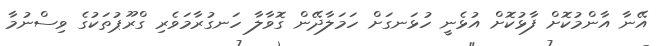
އޭނާ އާންމުކޮށް ފާޅުކޮށް އުޅެނީ ހުޅަނގަށް ހަމަލާދޭން ގޮވާލާ ހަނގުރާމަވެރި ގްރޫޕުތަކުގެ ވިސްނުމާ